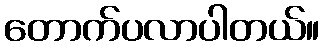
တောက်ပလာပါတယ်။